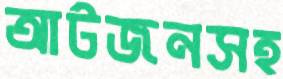
আটজনসহ